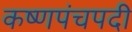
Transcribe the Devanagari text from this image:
कष्णपंचपदी